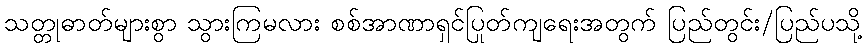
သတ္တုဓာတ်များစွာ သွားကြမလား စစ်အာဏာရှင်ပြုတ်ကျရေးအတွက် ပြည်တွင်း/ပြည်ပသို့